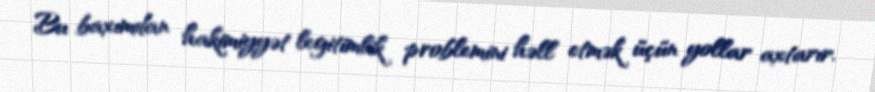
Bu baxımdan hakimiyyət legitimlik problemini həll etmək üçün yollar axtarır.